Plague in India, 1896, 1897 - Volume 3
Year: 1896
Disease focus: Plague
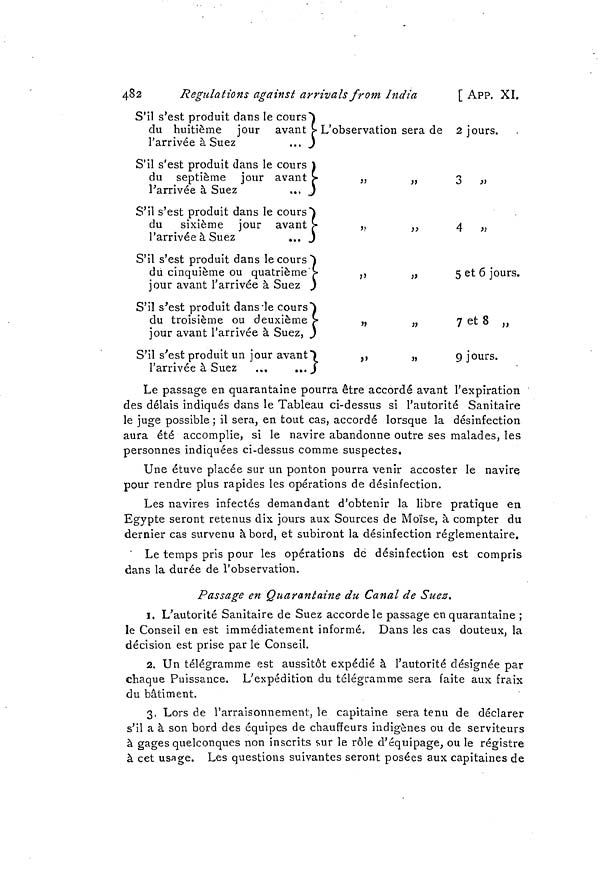
482
Régulations against arrivals from India
[ APP. XI.
S'il s'est produit dans le cours
du huitième jour avant
l'arrivée à Suez
...
S'il s'est produit dans le cours
du septième jour avant
l'arrivée à Suez
...
S'il s'est produit dans le cours
du sixième jour avant
l'arrivée à Suez
...
S'il s'est produit dans le cours
du cinquième ou quatrième
jour avant l'arrivée à Suez
S'il s'est produit clans le cours
du troisième ou deuxième
jour avant l'arrivée à Suez,
S'il s'est produit un jour avant
l'arrivée à Suez ...
...
L'observation sera de
.
»
»
•
*
2 jours.
3
4 »
5 et 6 jours.
7 et 8 ..
9 jours.
Le passage en quarantaine pourra être accordé avant l'expiration
des délais indiqués dans le Tableau ci-dessus si l'autorité Sanitaire
le juge possible ; il sera, en tout cas, accordé lorsque la désinfection
aura été accomplie, si le navire abandonne outre ses malades, les
personnes indiquées ci-dessus comme suspectes.
Une étuve placée sur un ponton pourra venir accoster le navire
pour rendre plus rapides les opérations de désinfection.
Les navires infectés demandant d'obtenir la libre pratique en
Egypte seront retenus dix jours aux Sources de Moïse, à compter du
dernier cas survenu abord, et subiront la désinfection réglementaire.
' Le temps pris pour les opérations de désinfection est compris
dans la durée de l'observation.
Passage en Quarantaine du Canal de Suez.
1. L'autorité Sanitaire de Suez accorde le passage en quarantaine ;
le Conseil en est immédiatement informé. Dans les cas douteux, la
décision est prise parle Conseil.
2. Un télégramme est aussitôt expédié à l'autorité désignée par
chaque Puissance. L'expédition du télégramme sera faite aux fraix
du bâtiment.
3. Lors de l'arraisonnement, le capitaine sera tenu de déclarer
s'il a à son bord des équipes de chauffeurs indigènes ou de serviteurs
à gages quelconques non inscrits sur le rôle d'équipage, ou le registre
à cet usage. Les questions suivantes seront posées aux capitaines de